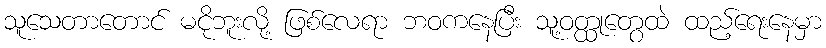
သူသေတာတောင် မငိုဘူးလို့ ဖြစ်လေရာ ဘဝကနေပြီး သူ့ဝတ္ထုတွေထဲ ထည့်ရေးနေမှာ